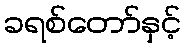
ခရစ်တော်နှင့်